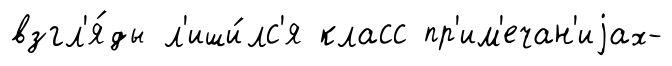
взгл'я́ды л'иши́лс'я класс пр'им'ечан'иjах-